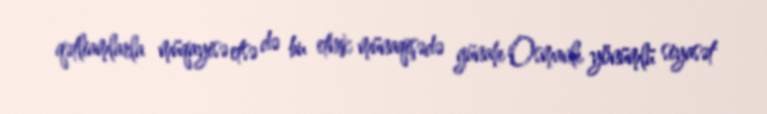
qətliamlarla müqayisə etsə də bu etnik münaqişədə günahı Osmanlı yönümlü siyasət